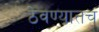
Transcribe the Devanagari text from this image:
ठेवण्यातच